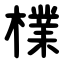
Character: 檏